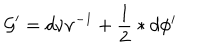
\mathcal { G } ^ { \prime } = d \nu \nu ^ { - 1 } + \frac { 1 } { 2 } \ast d \phi ^ { i }